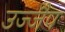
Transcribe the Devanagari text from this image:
उज्जैप